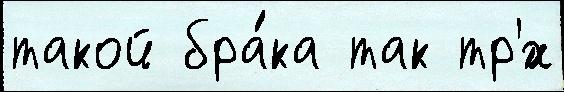
такой бра́ка так тр'́х